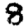
Digit: 8